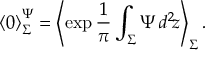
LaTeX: { \langle 0 \rangle } _ { \Sigma } ^ { \Psi } = \left\langle \exp \frac { 1 } { \pi } \int _ { \Sigma } \Psi \, d ^ { 2 } \! z \right\rangle _ { \Sigma } .